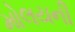
મોલયની